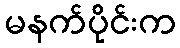
မနက်ပိုင်းက